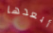
أبعدها